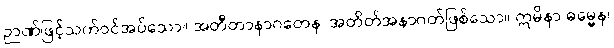
ဉာဏ်ဖြင့်သက်ဝင်အပ်သော။ အတီတာနာဂတေန၊ အတိတ်အနာဂတ်ဖြစ်သော။ ဣမိနာ ဓမ္မေန၊